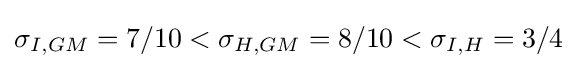
\sigma _{I,GM}=7/10<\sigma _{H,GM}=8/10<\sigma _{I,H}=3/4